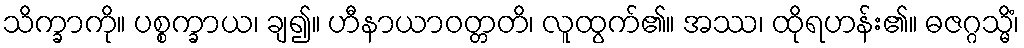
သိက္ခာကို။ ပစ္စက္ခာယ၊ ချ၍။ ဟီနာယာဝတ္တတိ၊ လူထွက်၏။ အဿ၊ ထိုရဟန်း၏။ ဓဇဂ္ဂသ္မိံ၊